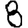
Digit: 8